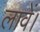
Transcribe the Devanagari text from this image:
लावें।